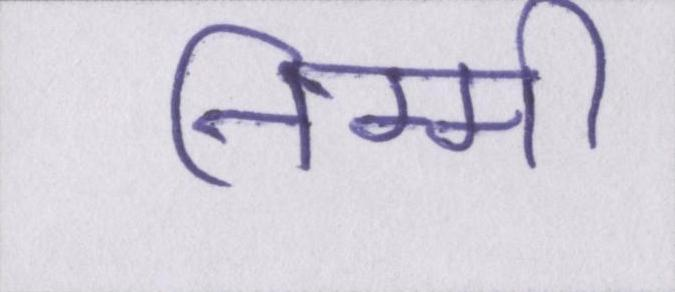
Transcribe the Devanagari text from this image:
निम्मी